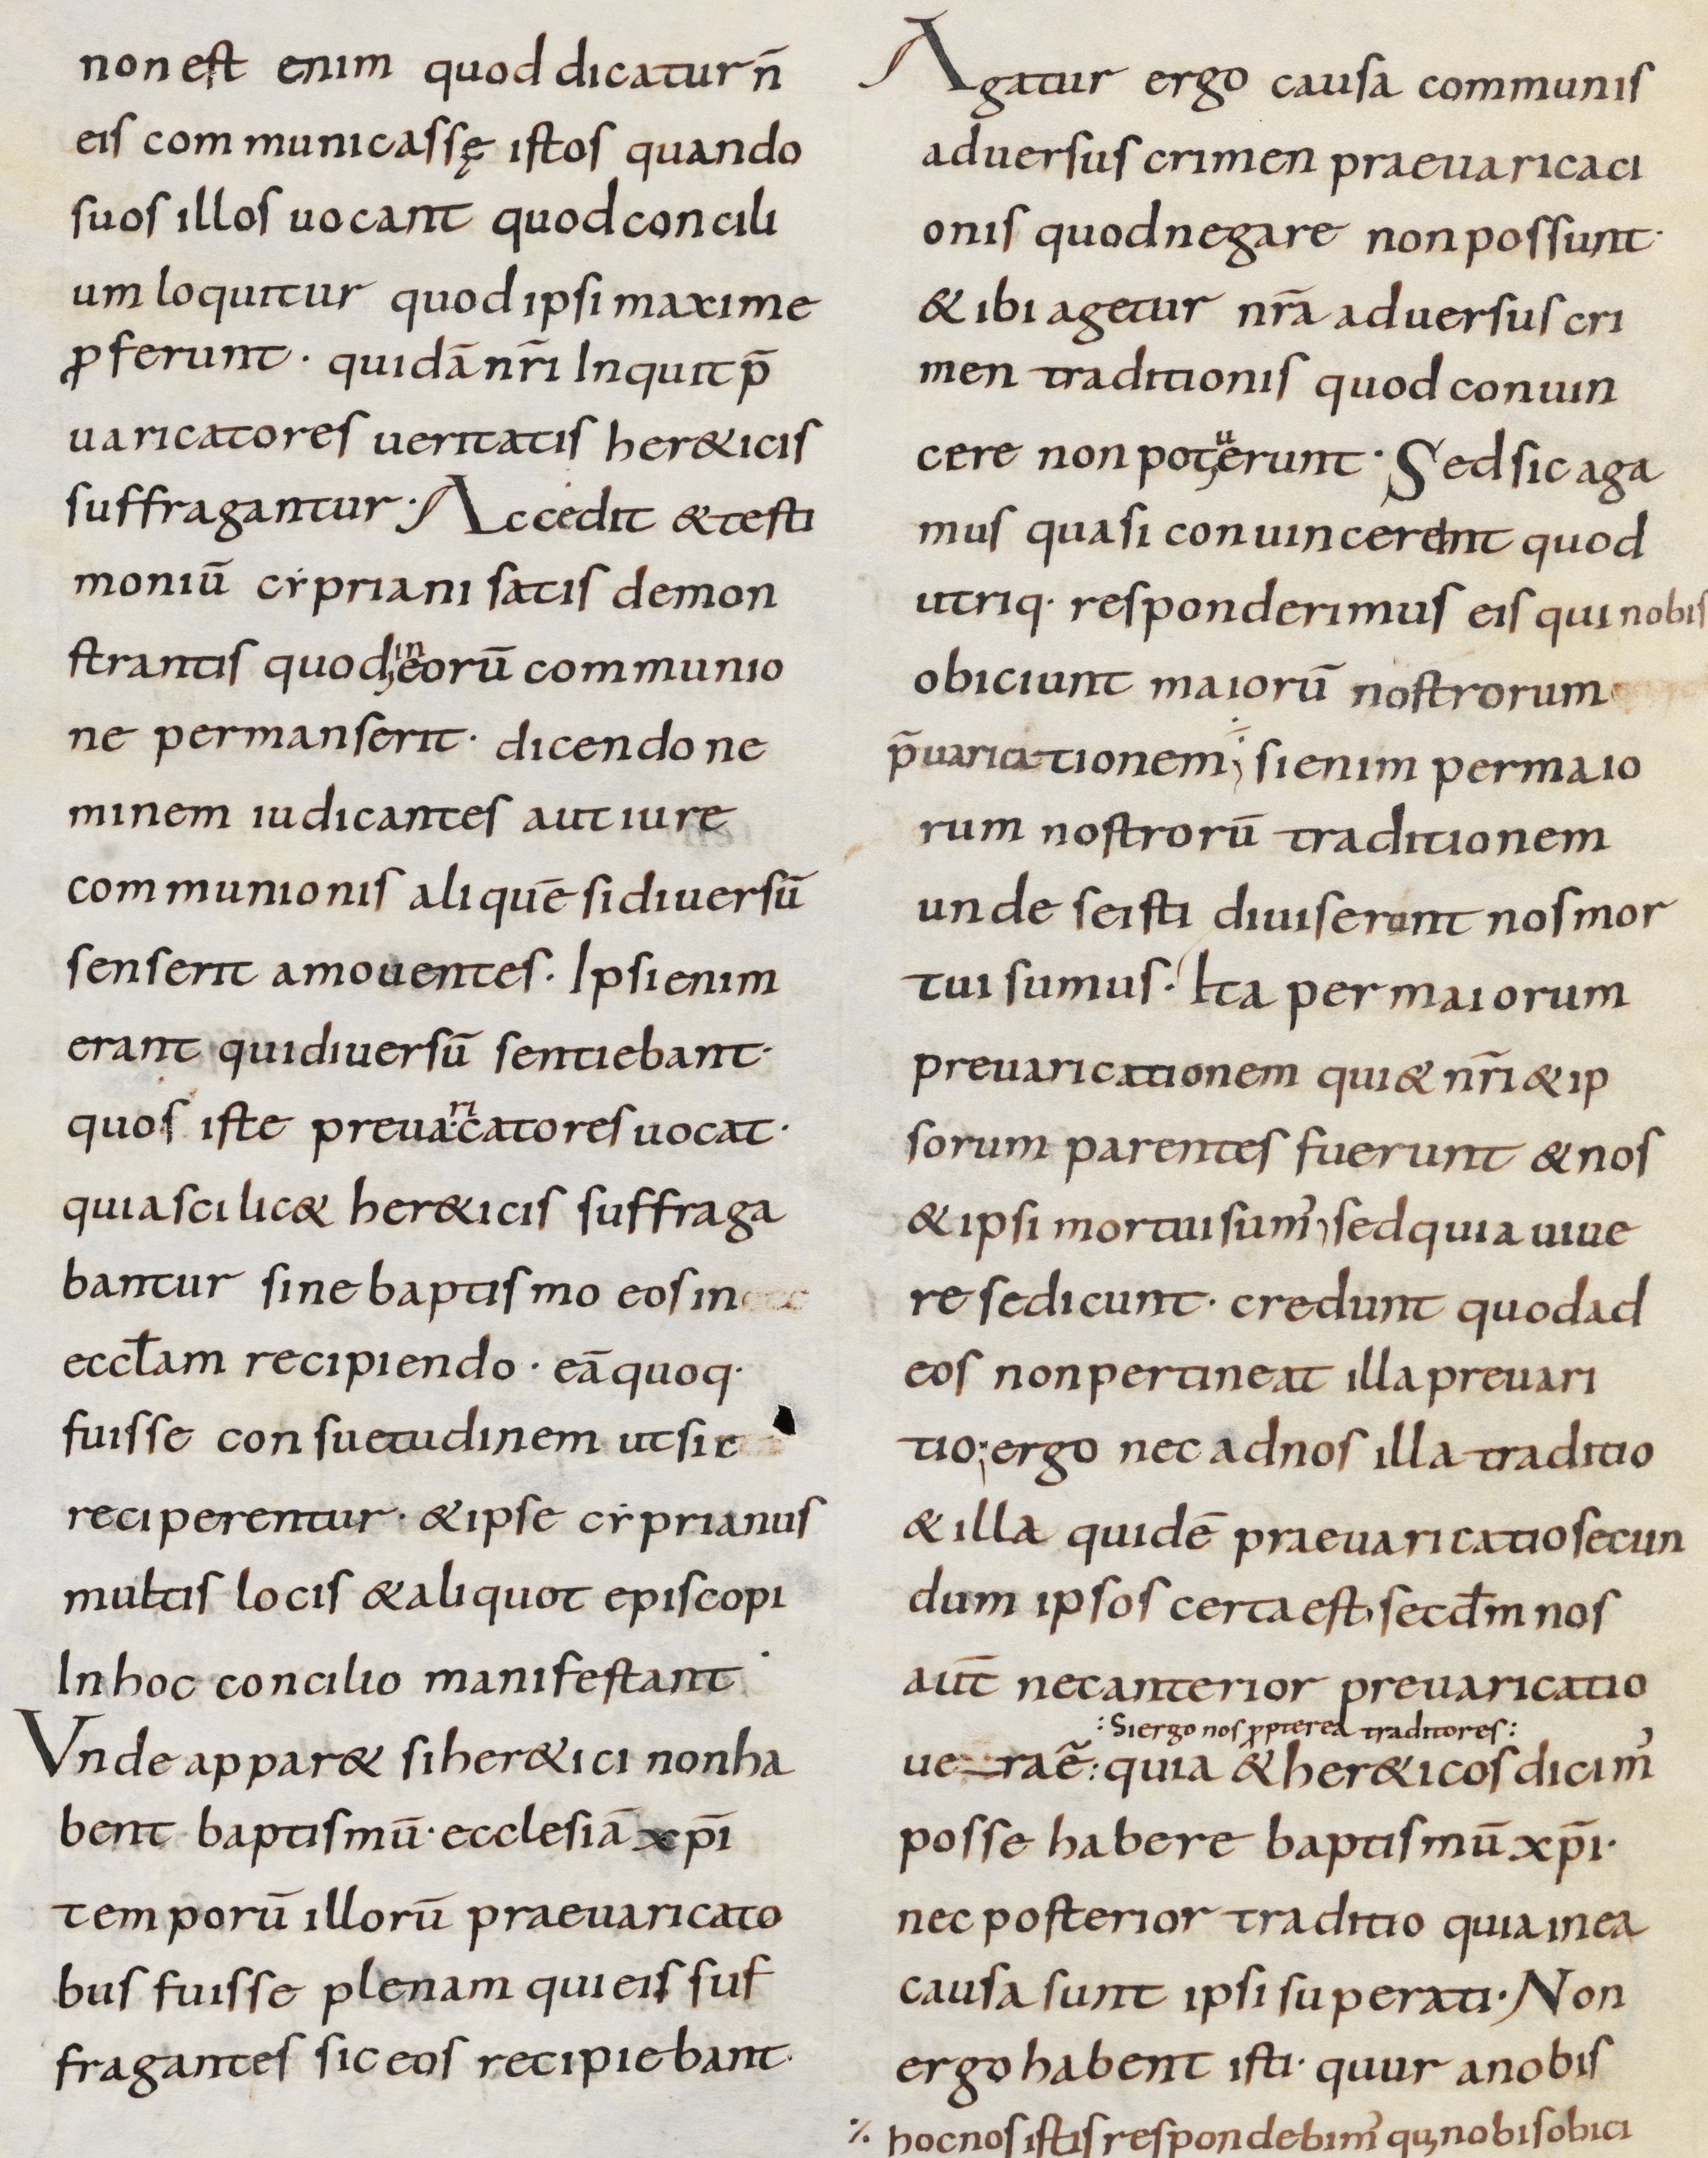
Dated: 800–899